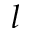
l